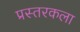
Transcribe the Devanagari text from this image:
प्रस्तरकला